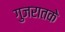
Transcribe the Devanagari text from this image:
गुजरातके